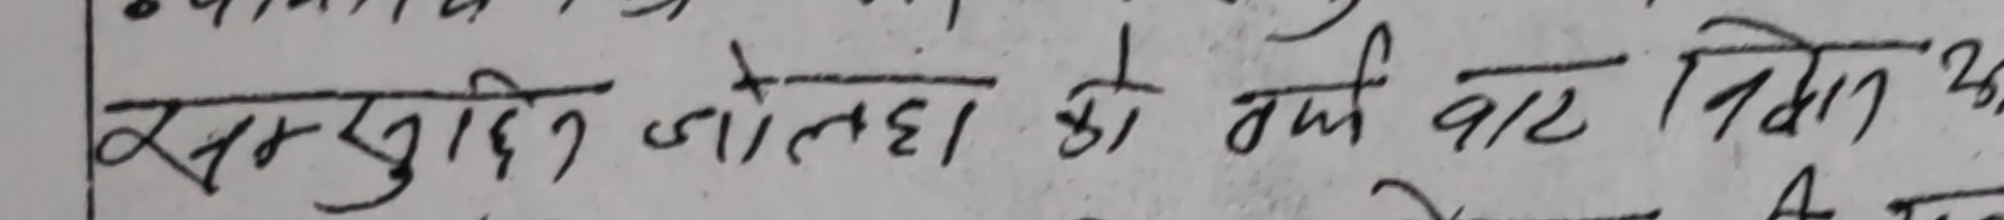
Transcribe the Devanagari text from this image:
समुदाय जलवाहा को वर्ग वाट निवान उहाँ